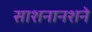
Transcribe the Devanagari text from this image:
साशनानशने